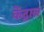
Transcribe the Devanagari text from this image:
केंद्राल